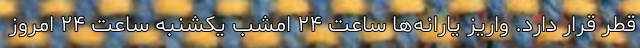
قطر قرار دارد. واریز یارانه‌ها ساعت ۲۴ امشب یکشنبه ساعت ۲۴ امروز